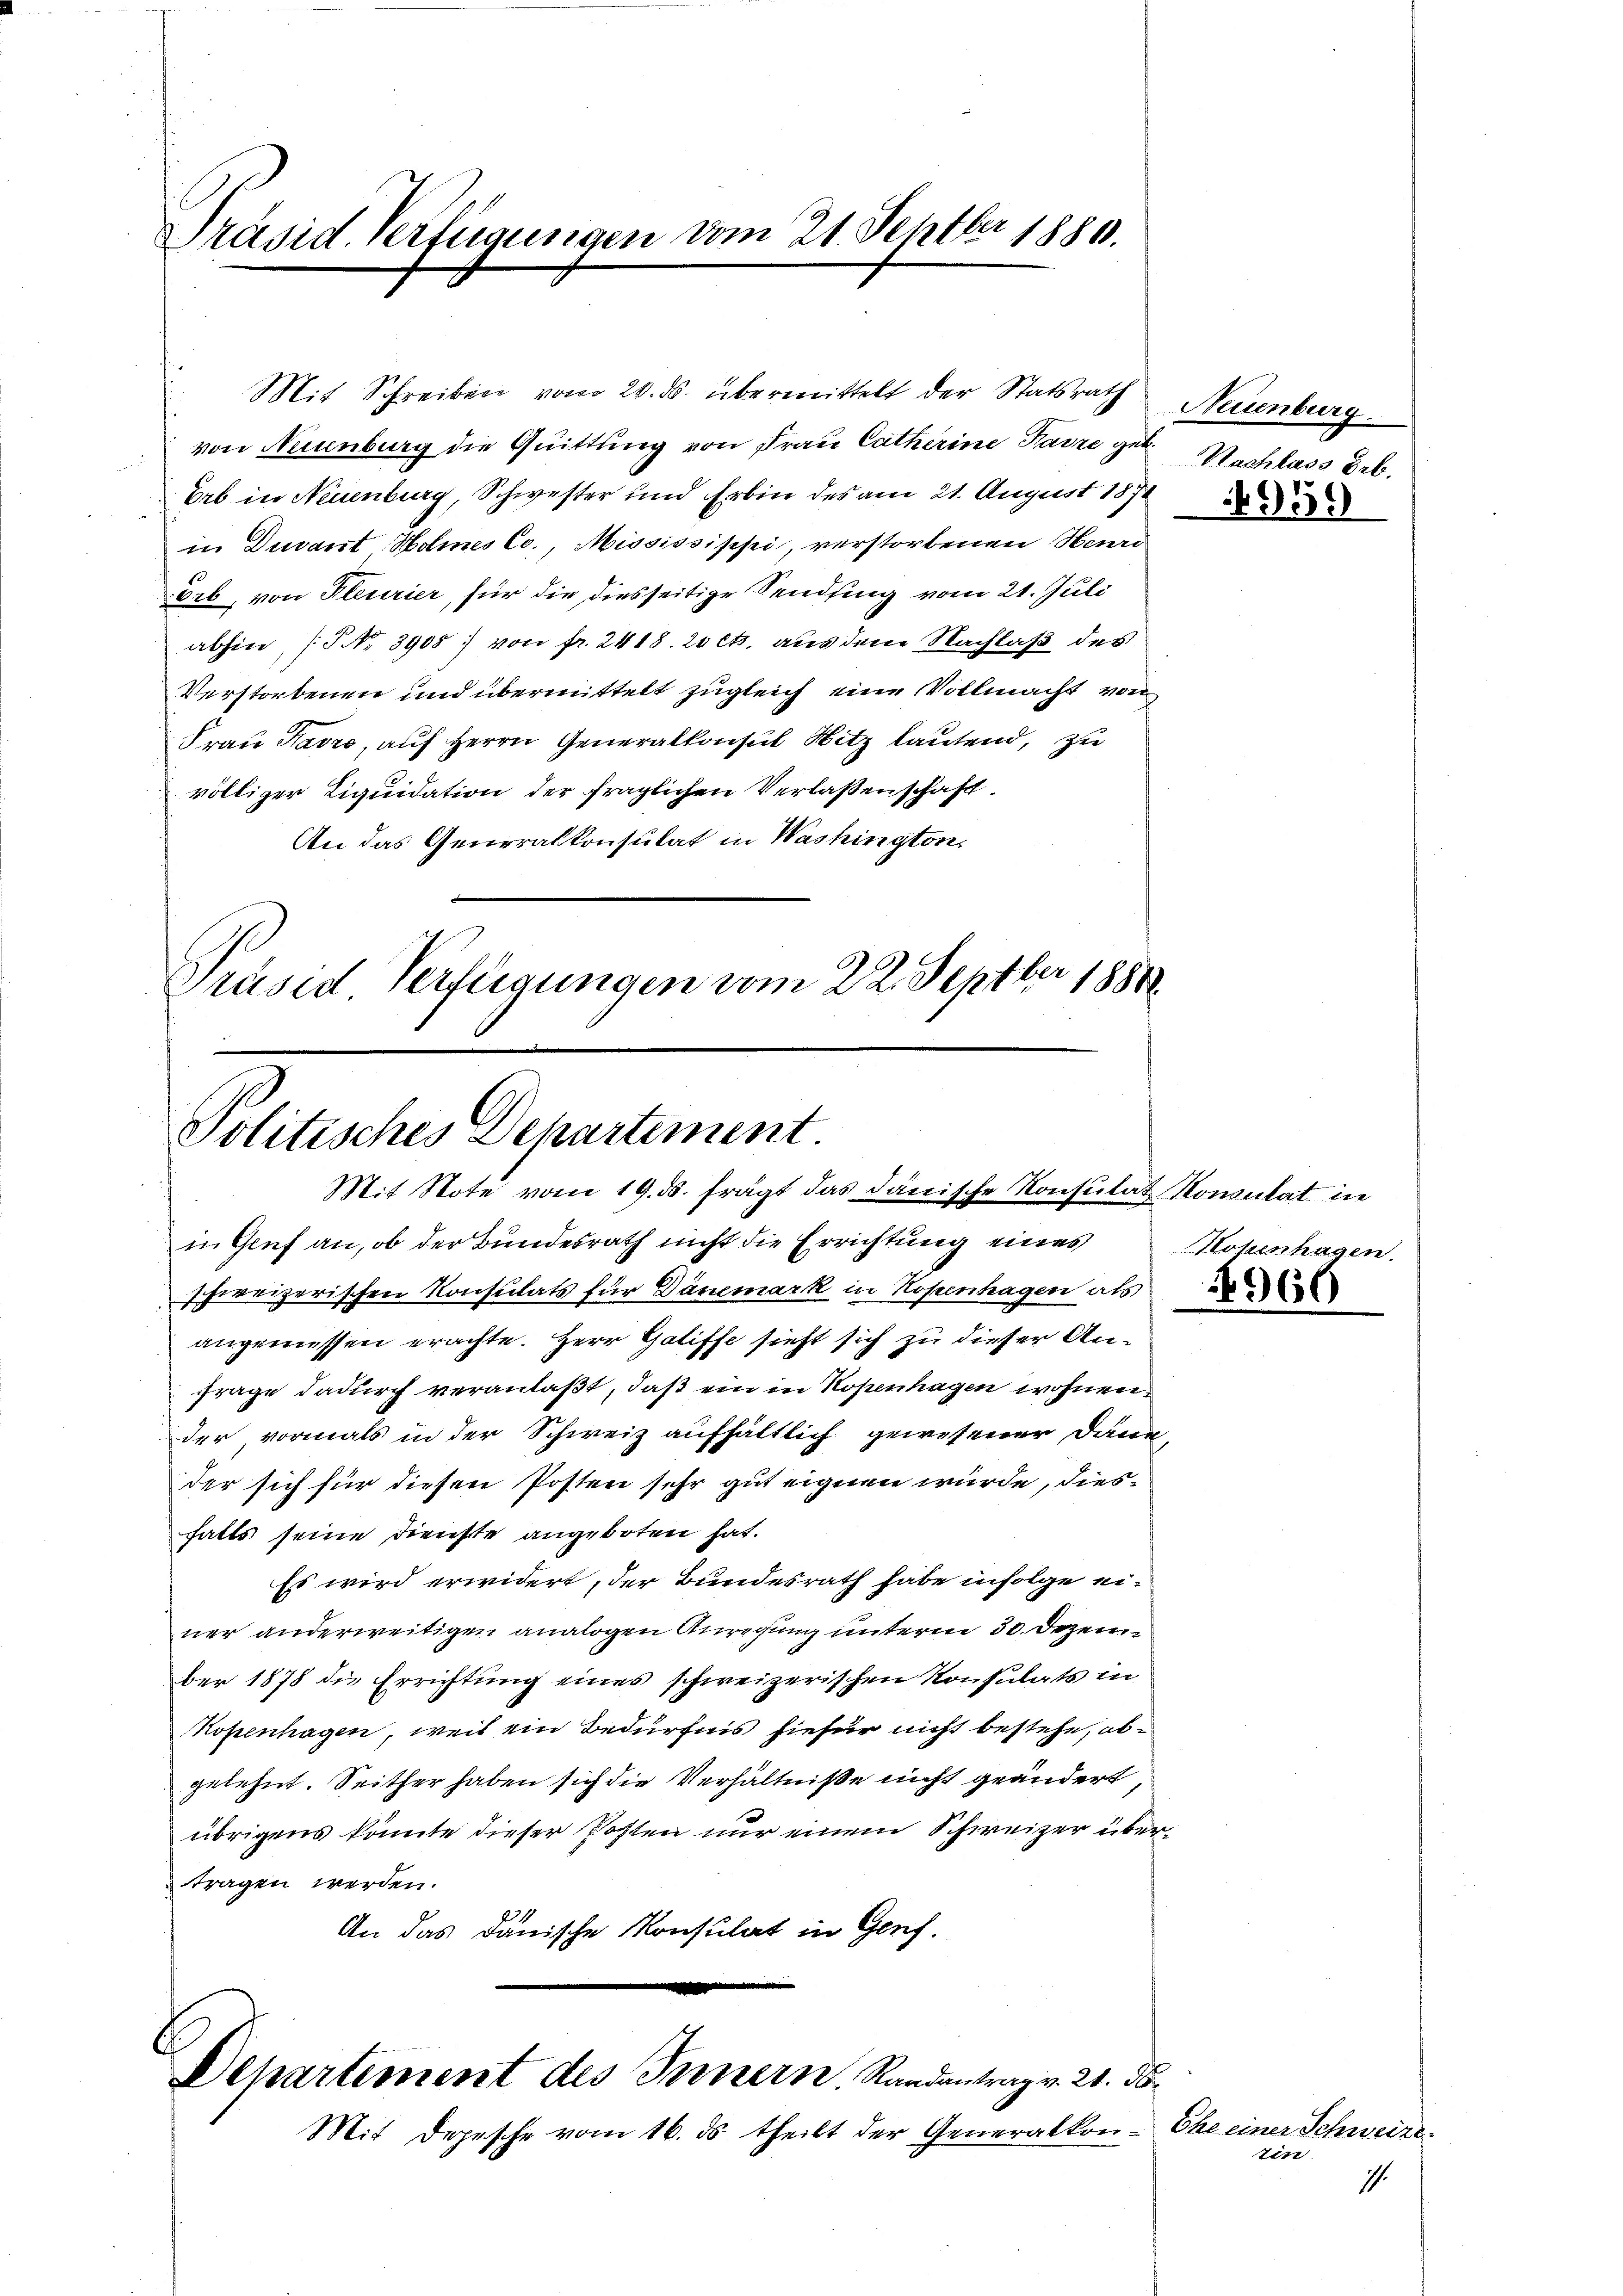
Mit Schreiben vom 20. ds. übermittelt der Statsrath
von Neuenburg die Quittung von Frau Catherine Parre geb. Nachlass Deb.
Erb in Neuenburg, Schwester und Erbin des am 21. August 1871
in Duvant Holmnes Co., Mississischi, verstorbenen Neurd
Erb, von Fleurier, für die diesseitige Sendsing vom 21. Juli
abhin, (S. 3908: von fr. 2418. 24 cts. aus den Nachlaß des
Verstorbenen und übermittelt zugleich eine Vollmacht von
Frau Favre, auf Herrn Generalkonsul Hitz lautend, zu
völliger Liquidation der fraglichen Verlassenschaft
An das Generalkonsulat in Washington,
ber
Präsed Verfügungen vom 22. Septbr. 18800.

Präsid. Verfügungen vom 21. Septbr 1880.

Politisches Departement
Mit Note vom 19. ds. frägt das dänische Konsulat Konsulat in

in Genf an, ob der Bundesrath nicht die Errichtung eines
schweizerischen Konsulats für Dänemark in Hopenhagen als
angemessen erachte. Herr Gatiffe sieht sich zu dieser Anfrage dadurch veranlaßt, daß ein in Kopenhagen wohnen
der vormals in der Schweiz aufhältlich gewesener Daue
der sich für diesen Posten sehr gut eignen würde, diesfatts seine Dienste angeboten hat.
Es wird erwidert, der Bundesrath habe infolge einer anderweitigen analogen Anregung unterm 30. Dezember 1878 die Errichtung eines schweizerischen Konsulats in
Mopenhagen, weil ein Bedürfnis hiefür nicht bestehe, abgelehnt. Seither haben sich die Verhältniße nicht geändert,
übrigens könnte dieser Posten nur einem Schweizer übertragen werden.
An das danische Konsulat in Genf.

Departement des Innern. Randantrag v. 21. ds.
Mit Depesche vom 16. ds. theilt der Generalkon

Neuenburg

959

Hohenhagen.

960

Ehe einer Schweizer
tin
1